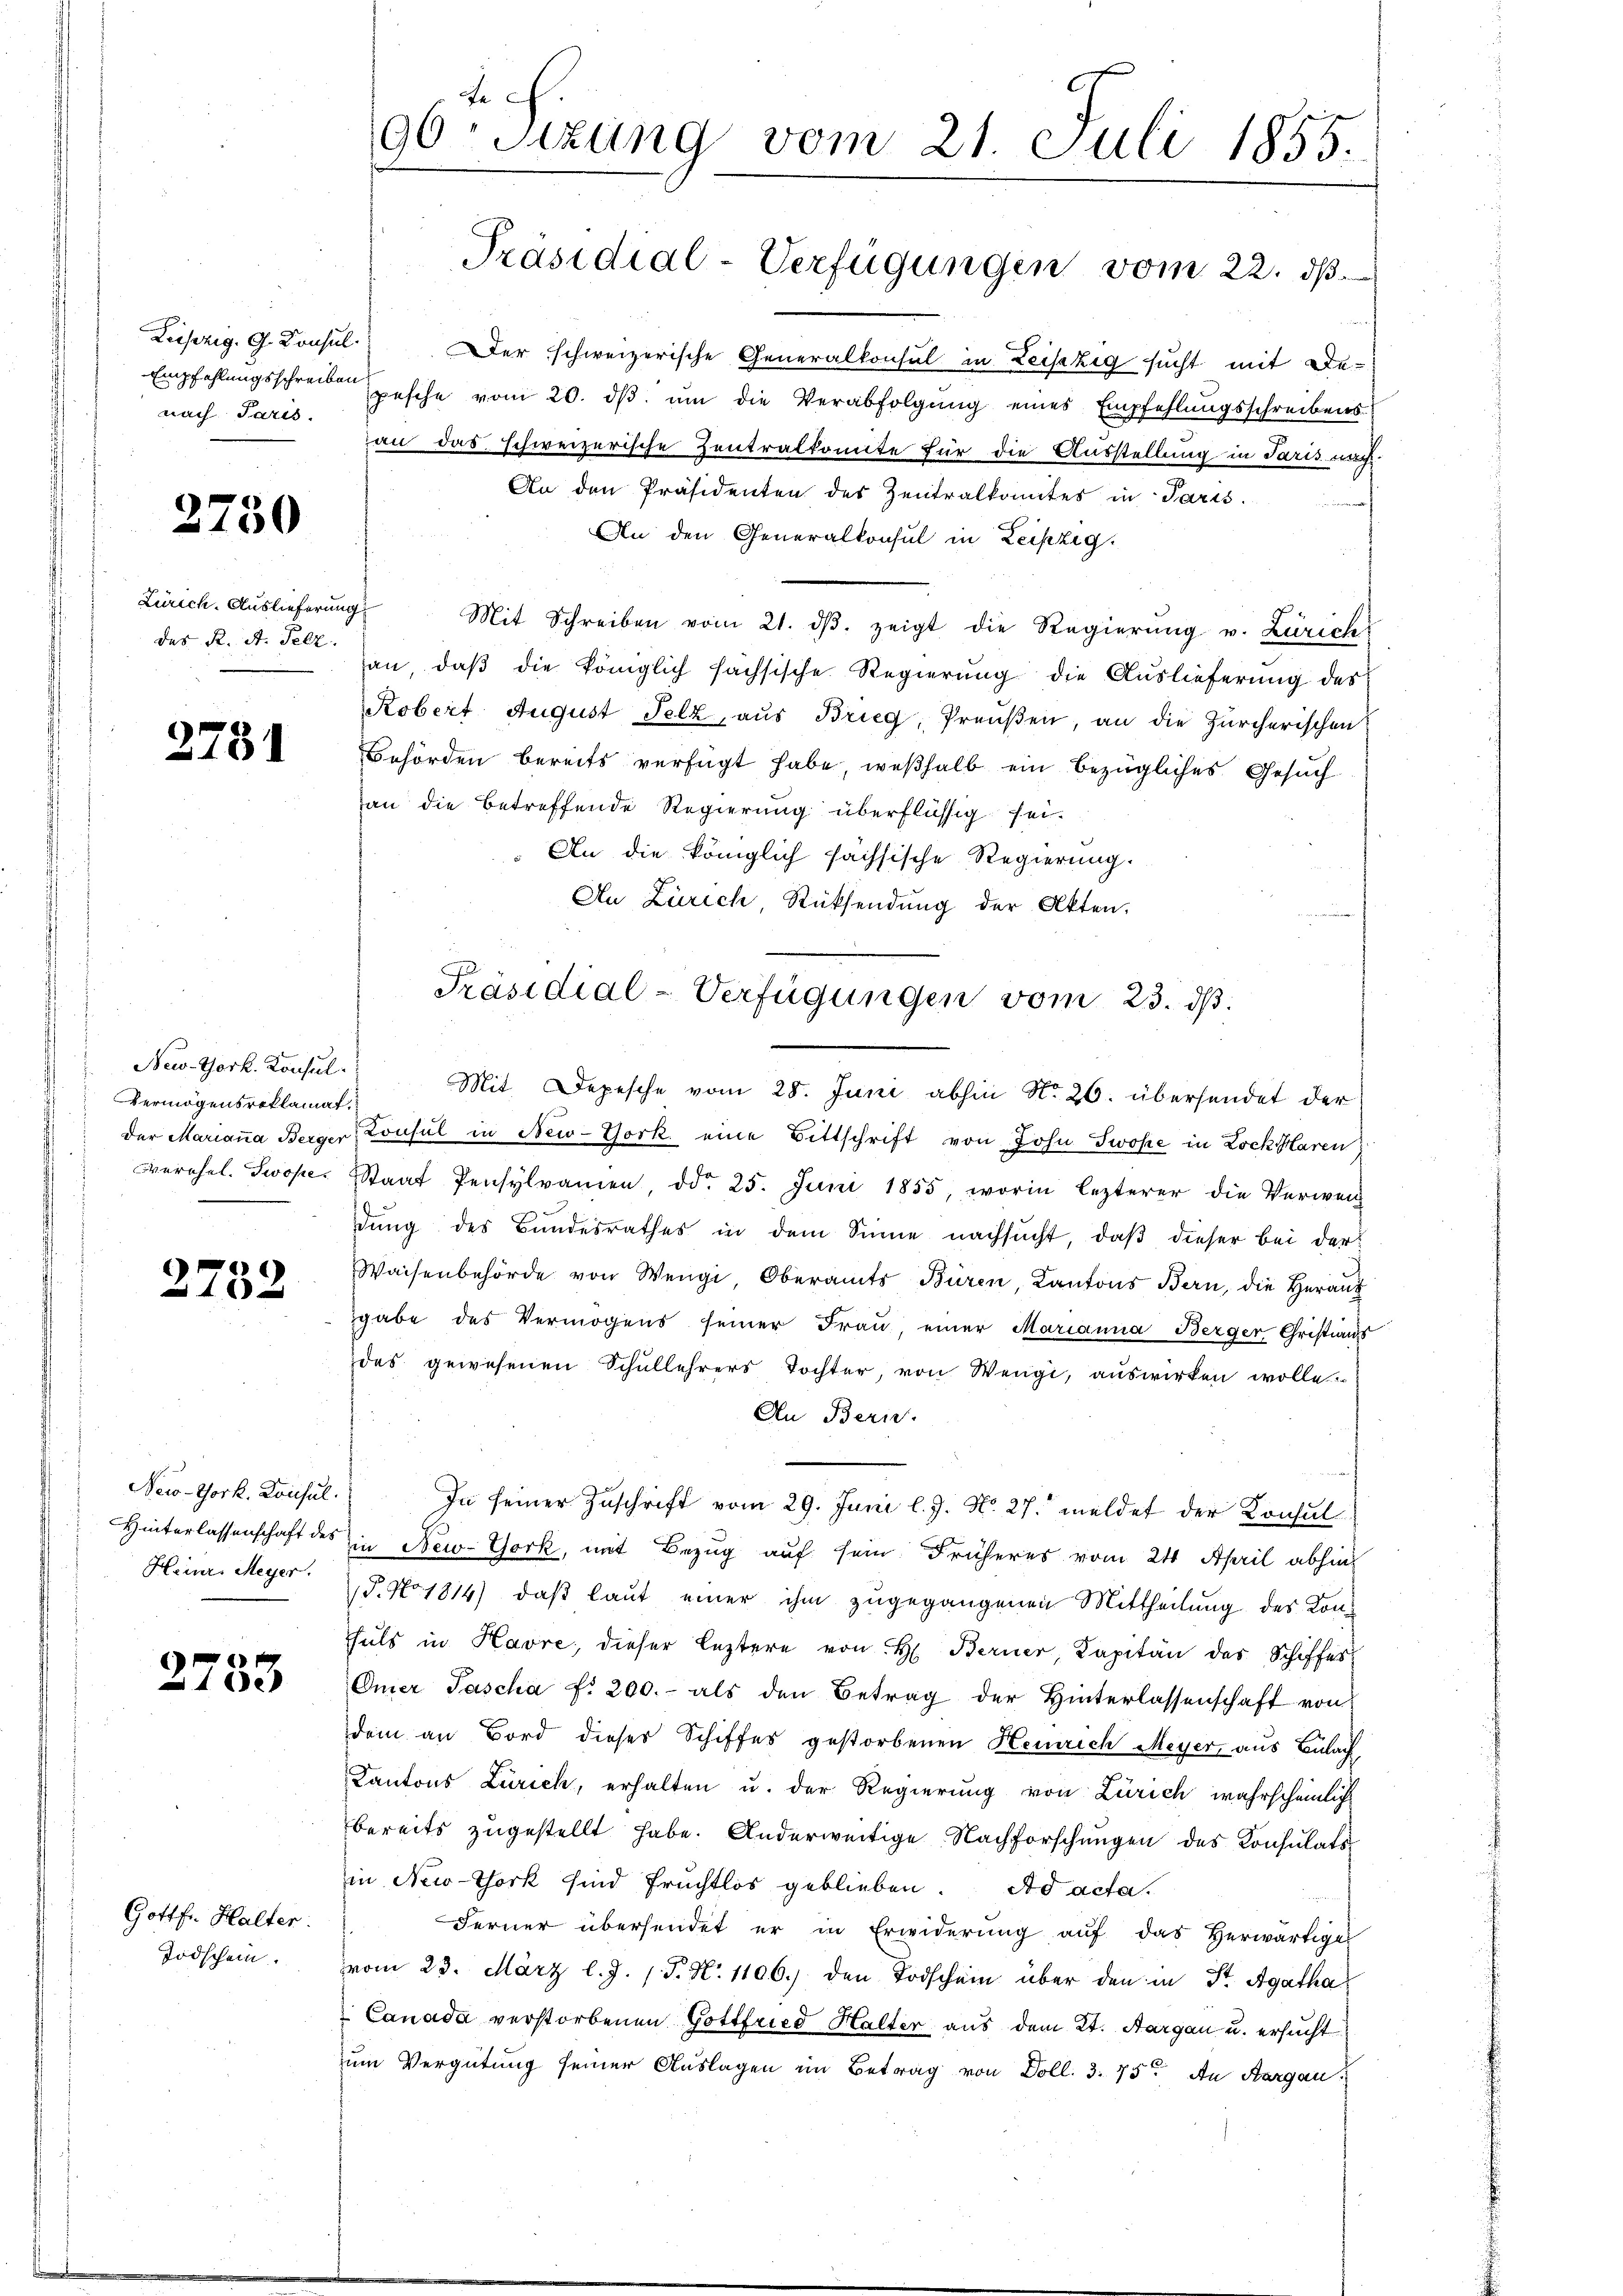
Leipzig. G. Konsul
nach Paris.

2750

Zürich. Auslieferung
des K. A. Pelz.

2731

New-York. Konsul
Vermögensroklamat

c
4 x

New-York. Konsul

2733

Gottfr. Halter
Todschein.

e
196. Sitzung vom 21. Juli 1855.
Präsidial-Verfügungen vom 22. dß.

Der schweizerische Generalkonsul in Leiszig sucht mit De-
Empfehlŭngsschreiben gesche vom 20. dβ ŭm die Verabfolgŭng eines Empfehlŭngsschreibens
an das schweizerische Zentralkomite für die Ausstellung in Paris nach
An den Präsidenten des Zentralkomites in Paris.
h
An den Generalkonsul in Leipzig.
Mit Schreiben vom 21. dβ zeigt die Regierŭng v. Zürich
an, daß die königlich fachsische Regierung die Auslieferung des
Robert August Felz, aus Brieg, Preußen, an die Zürcherischen
Behörden bereits verfügt habe, weßhalb ein bezügliches Gesuch
an die betreffende Regierung überflüssig sei.
An die königlich sächsische Regierung.
An Zürich, Rücksendung der Akten.

Präsidial-Verfügungen vom 23. ds.
Mit Depesche vom 28. Juni abhin No. 26. übersendet der

der Marianna Berger Konsul in New-York eine Bittschrift von John Swoke in Lock Haren
verehel. Swope. Staat Pensylvamen, ddo 25. Juni 1855, worin lezterer die Verwen
dung des Bundesrathes in dem Sinne nachsucht, daß dieser bei der
Waisenbehörde von Wengi, Oberamts Büren, Kantons Bern, die Heraus
gabe des Vermögens seiner Fraŭ einer Marianna Berger Christians
des gewesenen Schullehrers Tochter, von Wengi, auswirken wolle.
An Bern.
In seiner Zuschrift vom 29. Juni l. J. No. 27. meldet der Konsul
Hinterlassenschaft des in New-York, mit Bezug auf sein Früheres vom 24. April abhin
Heinr. Meyer. P. No. 1814), daß laut einer ihm zugegangenen Mittheilung des Konhals in Havre, dieser leztere von H. Berner, Kapitän des Schiffes
Omer Pascha f. 200.- als den Betrag der Hinterlassenschaft von
dem an Bord dieser Schiffes gestorbenen Heinrich Meyer, aus Bülach
Kantons Zürich, erhalten u. der Regierung von Zürich wahrscheinlich
bereits zugestellt habe. Anderweitige Nachforschungen des Konsulats
in New-York sind fruchtlos geblieben. Ad acta.
Ferner übersendet er in Erwiderung auf das Herwärtige
vom 23. März l. J. J. N. 1106.) den Todschein über den in St. Agatha
Canada verstorbenen Gottfried Halter aus dem 2t. Aargau u. ersucht
um Vergütung seiner Auslagen im Betrag von Doll. 3. 75. An Aargau,